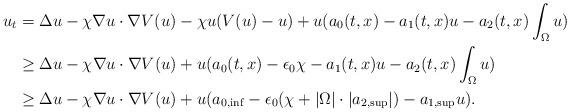
LaTeX: \begin{align*}u_t&=\Delta u -\chi \nabla u\cdot \nabla V(u)-\chi u (V(u)-u)+u(a_0(t,x)-a_1(t,x)u-a_2(t,x)\int_{\Omega}u)\\&\ge \Delta u -\chi \nabla u\cdot \nabla V(u)+u(a_0(t,x)-\epsilon_0\chi -a_1(t,x)u-a_2(t,x)\int_{\Omega}u)\\&\ge \Delta u-\chi \nabla u\cdot\nabla V(u)+u(a_{0,\inf}-\epsilon_0(\chi+|\Omega|\cdot |a_{2,\sup}|)-a_{1,\sup} u).\end{align*}